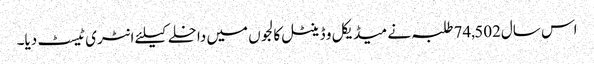
اس سال74,502 طلبہ نے میڈیکل و ڈینٹل کالجوں میں داخلے کیلئے انٹری ٹیسٹ دیا۔